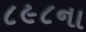
૮૯૮ના